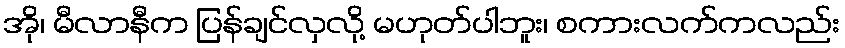
အို၊ မီလာနီက ပြန်ချင်လှလို့ မဟုတ်ပါဘူး၊ စကားလက်ကလည်း